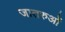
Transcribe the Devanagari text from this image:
जातरुओं